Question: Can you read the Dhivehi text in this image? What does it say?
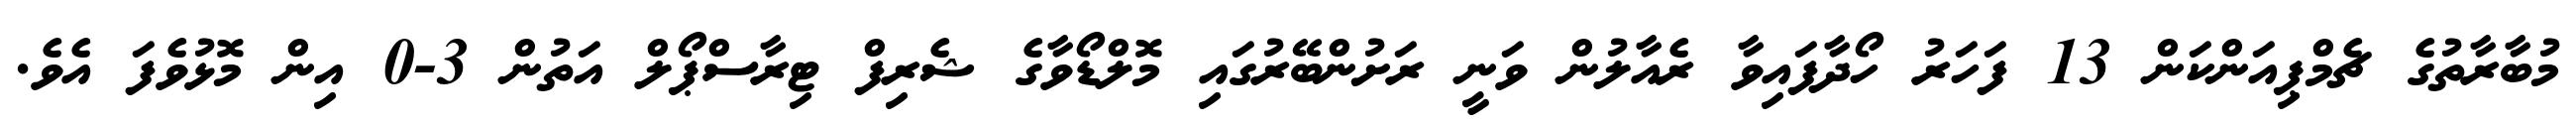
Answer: މުބާރާތުގެ ޗެމްޕިއަންކަން 13 ފަހަރު ހޯދާފައިވާ ރެއާލުން ވަނީ ރަށުންބޭރުގައި މޮލްޑޯވާގެ ޝެރިފް ޓިރާސްޕޯލް އަތުން 3-0 އިން މޮޅުވެފަ އެވެ.